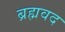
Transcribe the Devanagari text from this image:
ब्रह्मवद